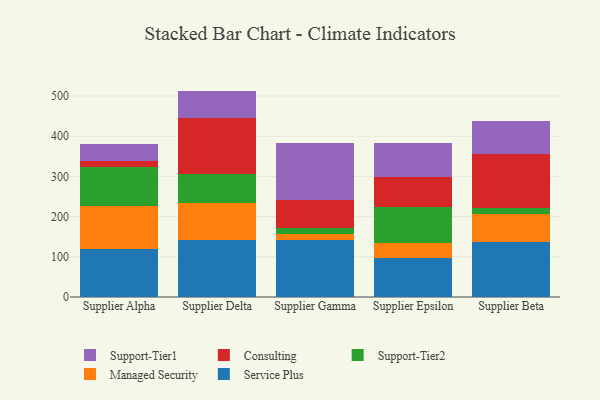
{"axis": {"x": "Supplier", "y": "Temperature (°C)"}, "legend": ["Consulting", "Managed Security", "Service Plus", "Support-Tier1", "Support-Tier2"], "data": [{"x": "Supplier Alpha", "y": 119.5, "type": "Service Plus"}, {"x": "Supplier Alpha", "y": 106.6, "type": "Managed Security"}, {"x": "Supplier Alpha", "y": 97.6, "type": "Support-Tier2"}, {"x": "Supplier Alpha", "y": 15.0, "type": "Consulting"}, {"x": "Supplier Alpha", "y": 43.0, "type": "Support-Tier1"}, {"x": "Supplier Delta", "y": 142.5, "type": "Service Plus"}, {"x": "Supplier Delta", "y": 91.6, "type": "Managed Security"}, {"x": "Supplier Delta", "y": 71.1, "type": "Support-Tier2"}, {"x": "Supplier Delta", "y": 141.0, "type": "Consulting"}, {"x": "Supplier Delta", "y": 66.7, "type": "Support-Tier1"}, {"x": "Supplier Gamma", "y": 140.6, "type": "Service Plus"}, {"x": "Supplier Gamma", "y": 15.4, "type": "Managed Security"}, {"x": "Supplier Gamma", "y": 14.5, "type": "Support-Tier2"}, {"x": "Supplier Gamma", "y": 71.0, "type": "Consulting"}, {"x": "Supplier Gamma", "y": 141.7, "type": "Support-Tier1"}, {"x": "Supplier Epsilon", "y": 97.6, "type": "Service Plus"}, {"x": "Supplier Epsilon", "y": 36.2, "type": "Managed Security"}, {"x": "Supplier Epsilon", "y": 90.2, "type": "Support-Tier2"}, {"x": "Supplier Epsilon", "y": 75.5, "type": "Consulting"}, {"x": "Supplier Epsilon", "y": 83.0, "type": "Support-Tier1"}, {"x": "Supplier Beta", "y": 137.9, "type": "Service Plus"}, {"x": "Supplier Beta", "y": 68.4, "type": "Managed Security"}, {"x": "Supplier Beta", "y": 15.1, "type": "Support-Tier2"}, {"x": "Supplier Beta", "y": 134.7, "type": "Consulting"}, {"x": "Supplier Beta", "y": 82.4, "type": "Support-Tier1"}]}